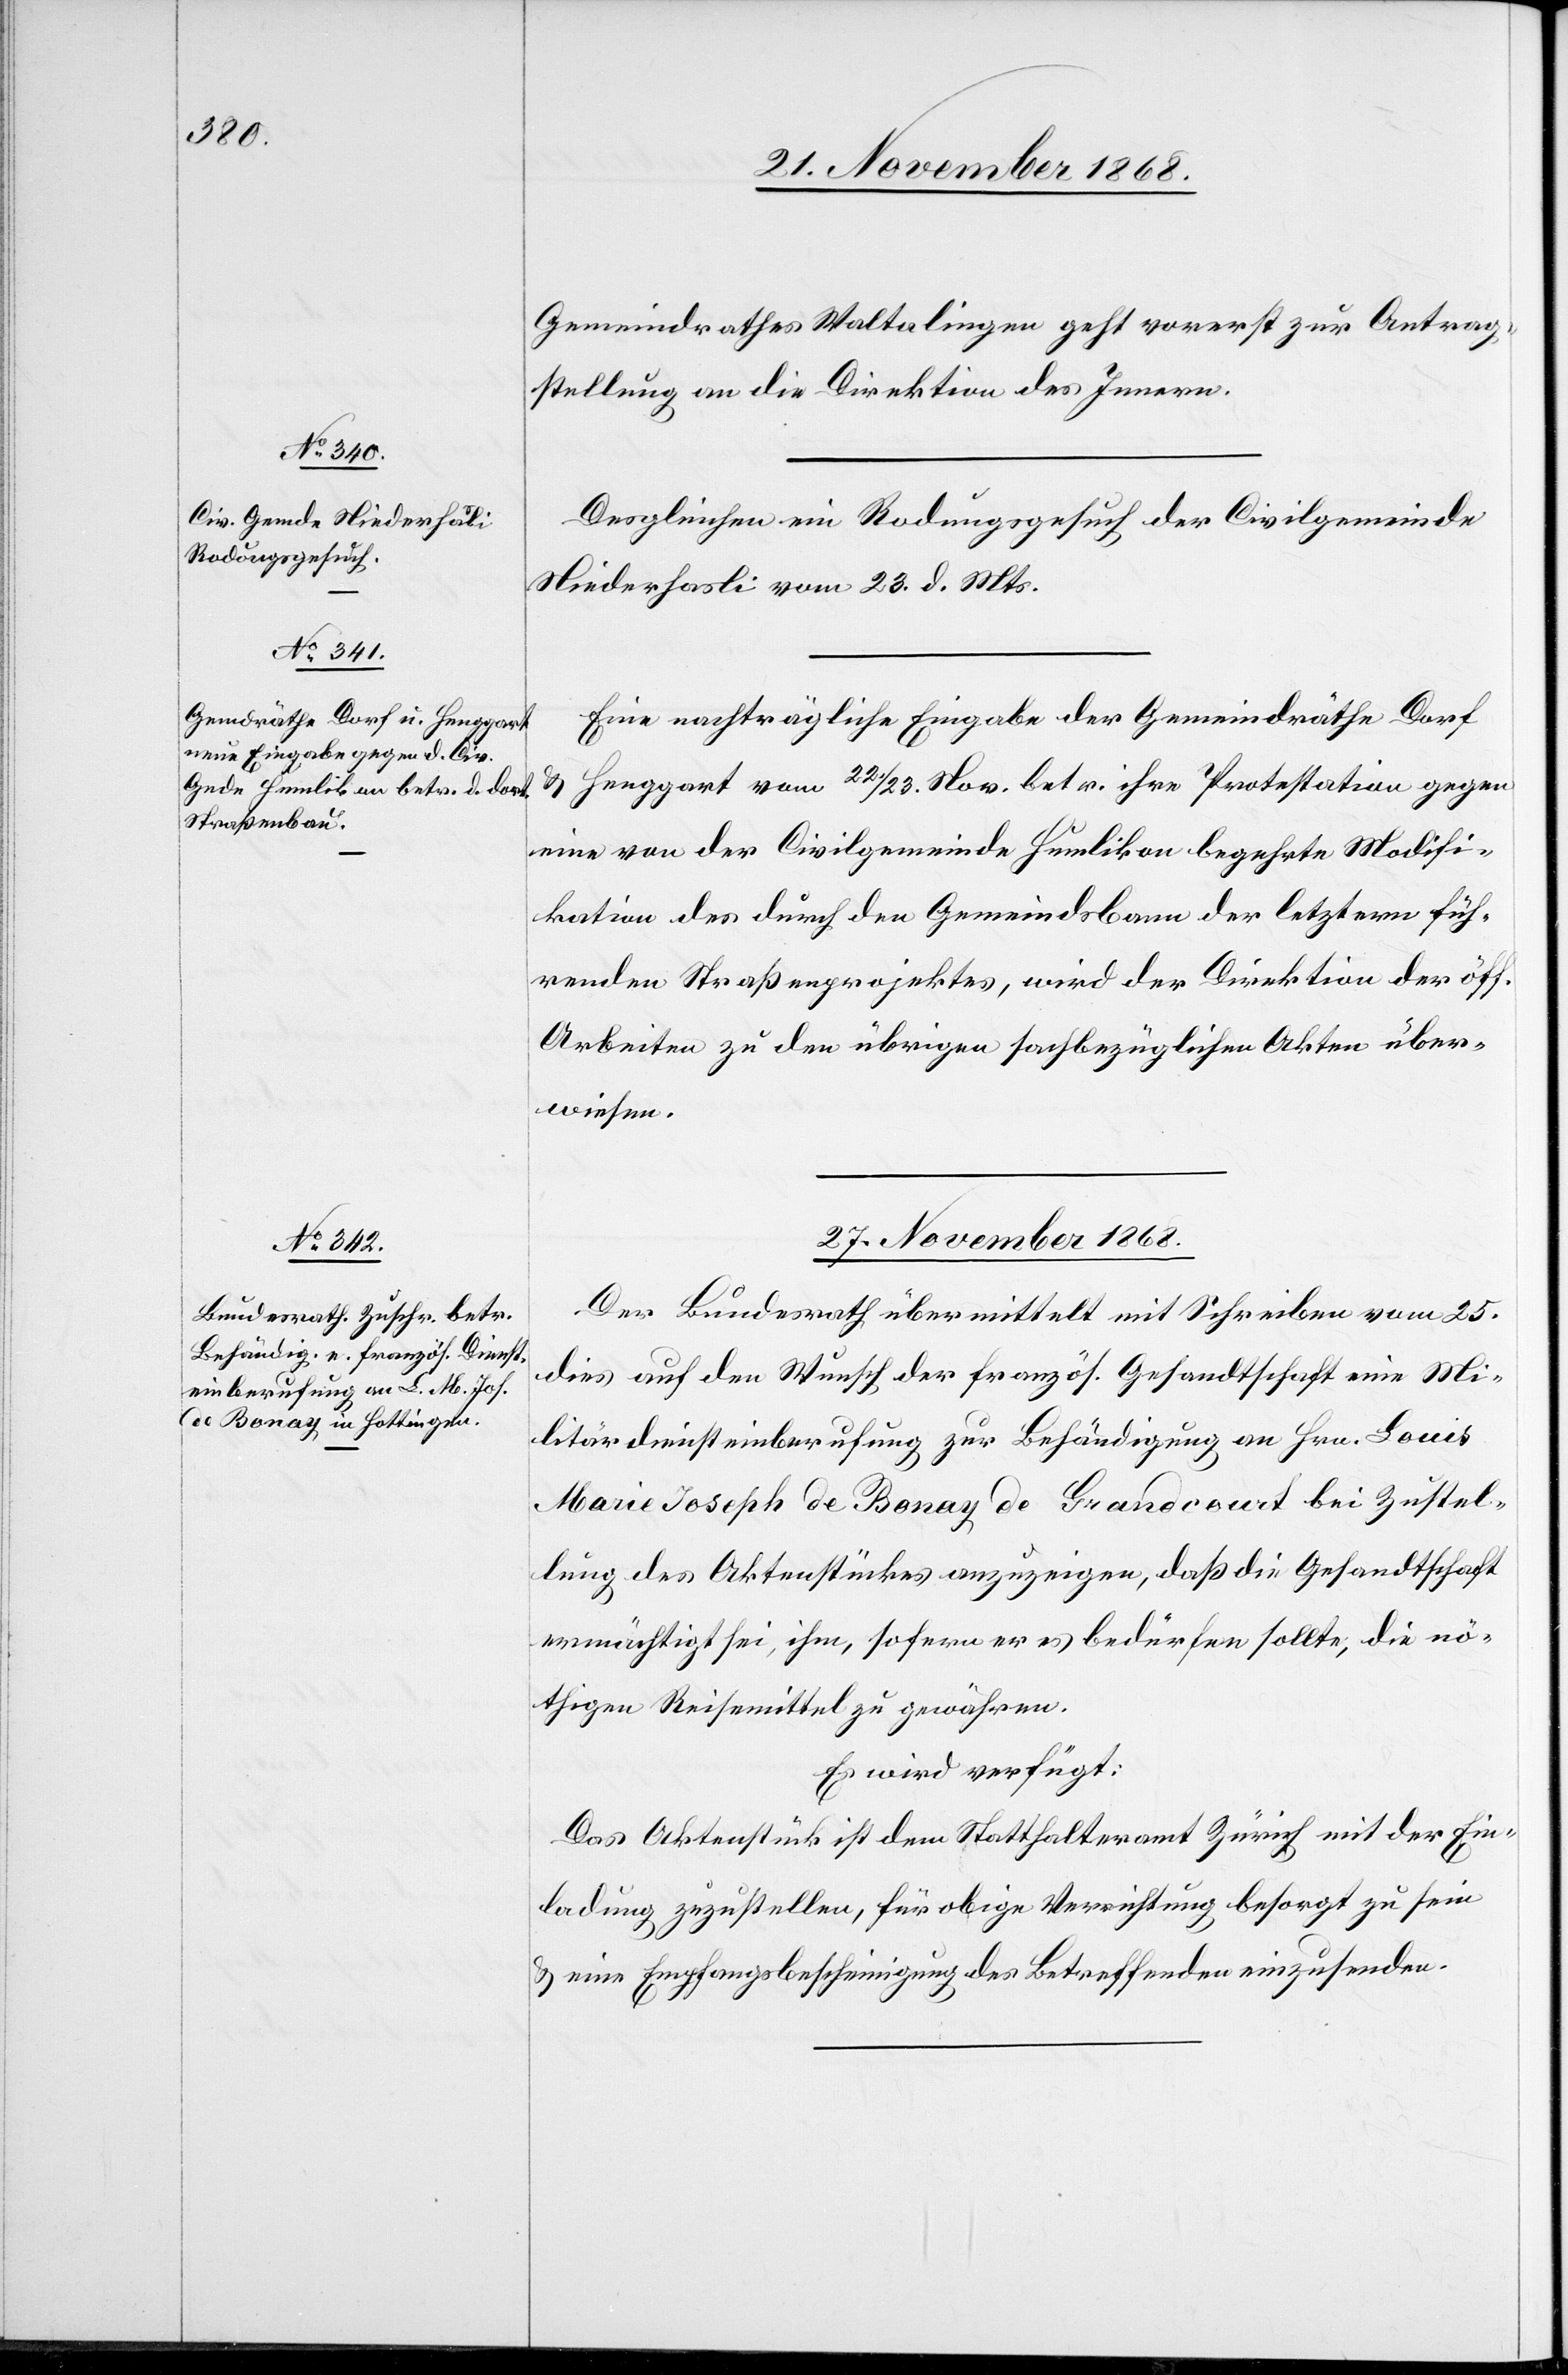
Gemeindrathes Waltalingen geht vorerst zur Antrag¬
stellung an die Direktion des Innern.
Desgleichen ein Rodungsgesuch der Civilgemeinde
Niederhasli vom 23. d. Mts.
Eine nachträgliche Eingabe der Gemeindräthe Dorf
Henggart vom 22/23. Nov. betr. ihre Protestation gegen
eine von der Civilgemeinde Humlikon begehrte Modifi¬
kation des durch den Gemeindsbann der letztern füh¬
renden Straßenprojektes, wird der Direktion der öff.
Arbeiten zu den übrigen sachbezüglichen Akten über¬
wiesen.
27. November 1868.
Der Bundesrath übermittelt mit Schreiben vom 25.
dies auf den Wunsch der französ. Gesandtschaft eine Mi¬
litärdiensteinberufung zur Behändigung an Hrn. Louis
Marie Joseph de Bonay de Grandcourt bei Zustel¬
lung des Aktenstückes anzuzeigen, daß die Gesandtschaft
ermächtigt sei, ihm, sofern er es bedürfen sollte, die nö¬
thigen Reisemittel zu gewähren.
Es wird verfügt:
Das Aktenstück ist dem Statthalteramt Zürich mit der Ein¬
ladung zuzustellen, für obige Verrichtung besorgt zu sein
& eine Empfangsbescheinigung des Betreffenden einzusenden.